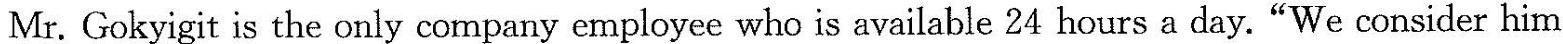
Mr. Gokyigit is the only company employee who is available 24 hours a day. "We consider him